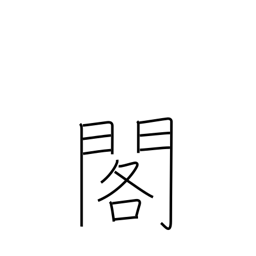
Meaning: palace